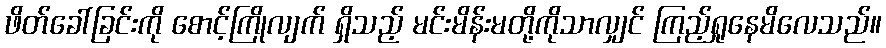
ဖိတ်ခေါ်ခြင်းကို စောင့်ကြိုလျက် ရှိသည့် မင်းမိန်းမတို့ကိုသာလျှင် ကြည့်ရှုနေမိလေသည်။